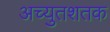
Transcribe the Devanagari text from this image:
अच्युतशतक